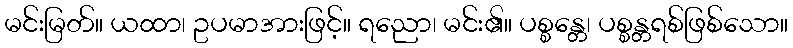
မင်းမြတ်။ ယထာ၊ ဥပမာအားဖြင့်။ ရညော၊ မင်း၏။ ပစ္စန္တေ၊ ပစ္စန္တရစ်ဖြစ်သော။